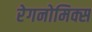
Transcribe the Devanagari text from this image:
रेगनोमिक्स